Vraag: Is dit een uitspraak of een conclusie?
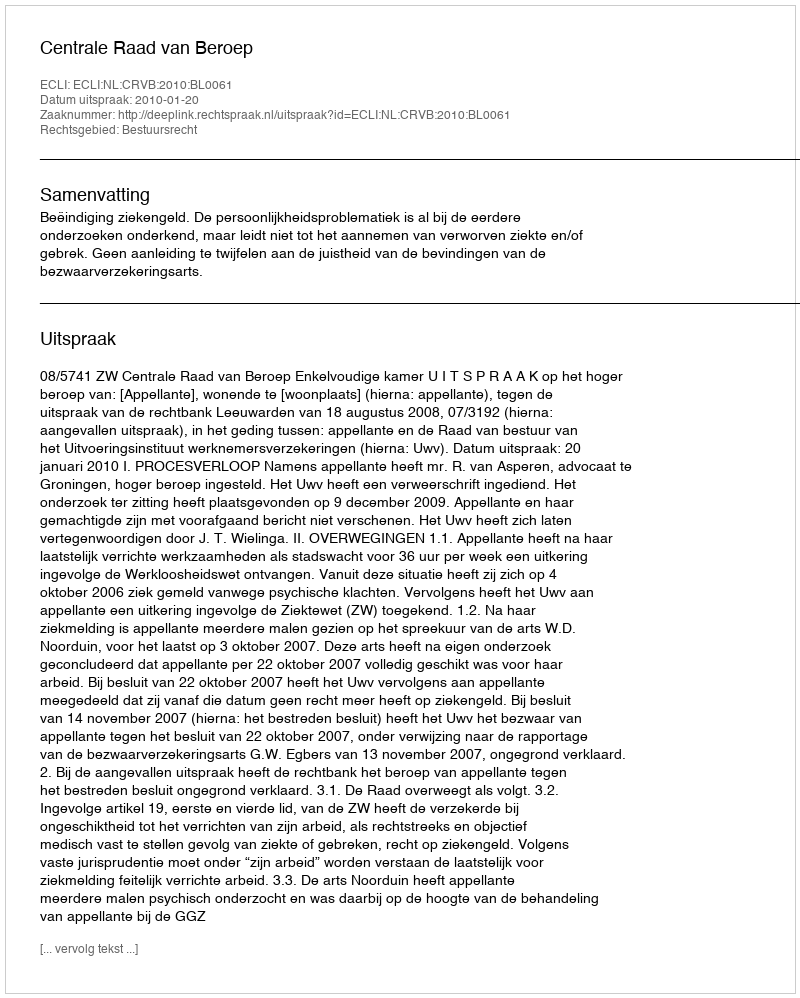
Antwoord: Uitspraak